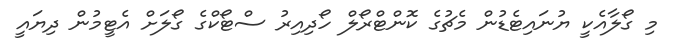
މި ގޯލާއެކީ ޔުނައިޓެޑުން މެޗުގެ ކޮންޓްރޯލް ހޯދިއިރު ސްޓޯކްގެ ގޯލަށް އެޓީމުން ދިޔައީ